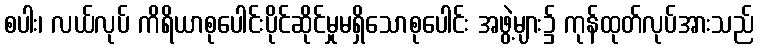
စပါး၊ လယ်လုပ် ကိရိယာစုပေါင်းပိုင်ဆိုင်မှုမရှိသောစုပေါင်း အဖွဲ့များ၌ ကုန်ထုတ်လုပ်အားသည်